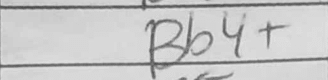
Transcription: Bb4+